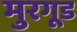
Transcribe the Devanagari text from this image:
मुरगूड